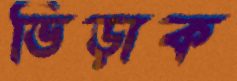
ভিড়াক